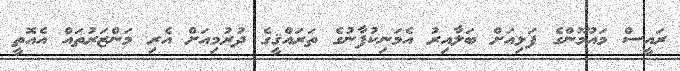
ރައީސް މައުމޫންގެ ފަޅިއަށް ބަލާއިރު އެމަނިކުފާނުގެ ތަރައްޤީގެ ދުރުމިއަށް އެރި މަންޒަރުތައް އެއޮތީ